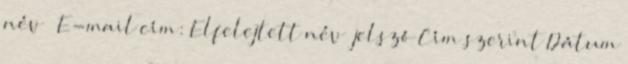
név E-mail cím: Elfelejtett név jelszó Cím szerint Dátum